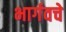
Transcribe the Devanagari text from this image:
भार्गवचे